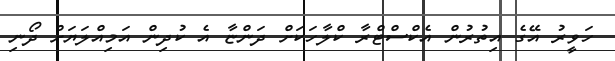
ހަވީރު އޭގެ އިތުރުން އެކްސްޓްރާ ކްލާހަކަށް ދަންޏާ އެ ކުދިން އަމިއްލަޔަށް ދޯނި